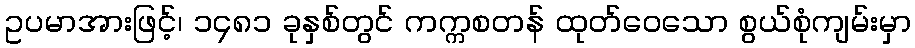
ဥပမာအားဖြင့်၊ ၁၄၈၁ ခုနှစ်တွင် ကက္ကစတန် ထုတ်ဝေသော စွယ်စုံကျမ်းမှာ